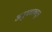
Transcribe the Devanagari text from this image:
अनुभवाकडून